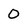
Character: 0